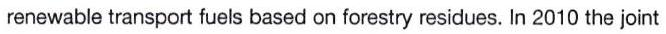
renewable transport fuels based on forestry residues. In 2010 the joint